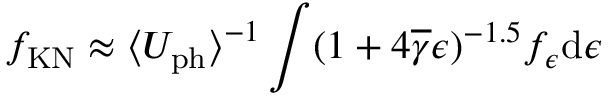
f _ { \mathrm { K N } } \approx { \langle } U _ { \mathrm { p h } } { \rangle } ^ { - 1 } \int ( 1 + 4 \overline { { \gamma } } \epsilon ) ^ { - 1 . 5 } f _ { \epsilon } \mathrm { d } \epsilon